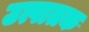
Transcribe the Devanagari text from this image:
उत्पातक